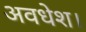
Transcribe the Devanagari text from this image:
अवधेश।